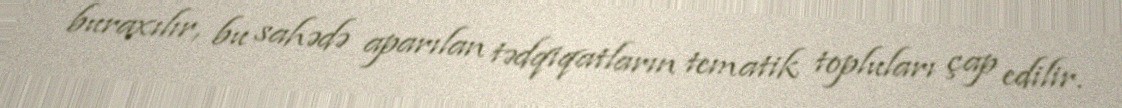
buraxılır, bu sahədə aparılan tədqiqatların tematik topluları çap edilir.